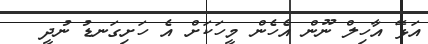
އަޅޭ އާހިލް ނޫން އެހެން މީހަކަށް އެ ހަށިގަނޑު ނުދީ